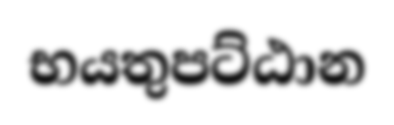
භයතුපට්ඨාන